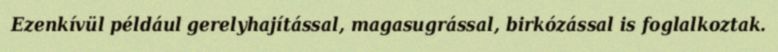
Ezenkívül például gerelyhajítással, magasugrással, birkózással is foglalkoztak.